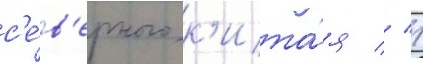
с'е́в'ерного к'ита́я // 1